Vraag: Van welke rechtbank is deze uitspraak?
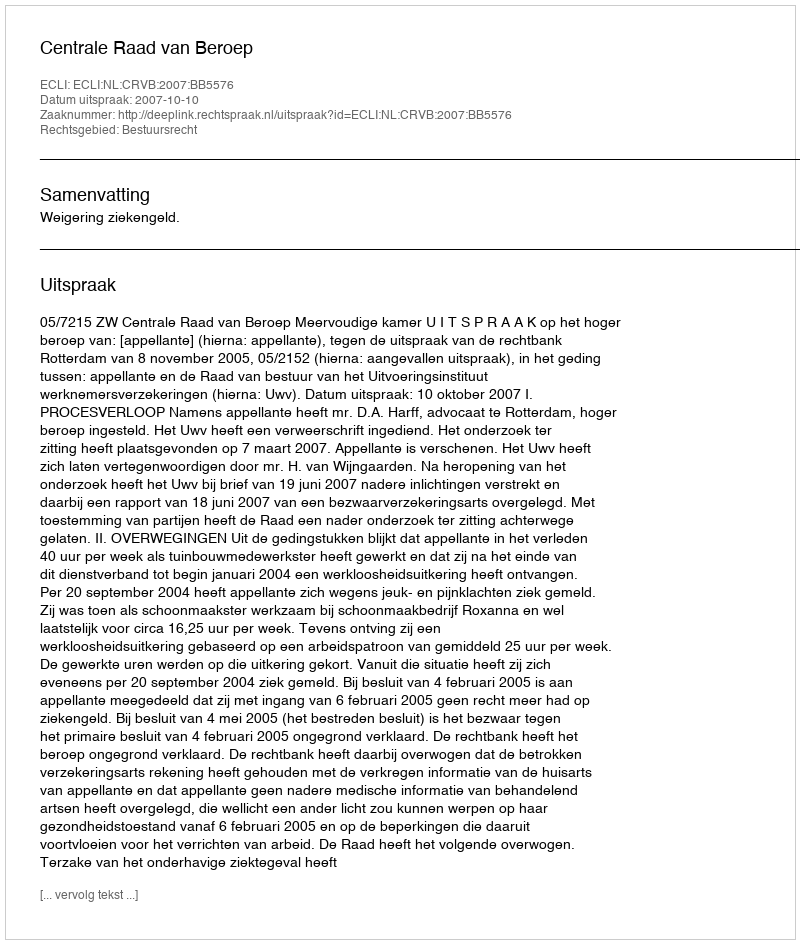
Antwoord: Centrale Raad van Beroep